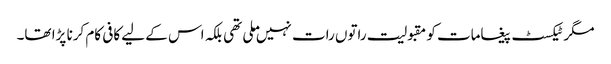
مگر ٹیکسٹ پیغامات کو مقبولیت راتوں رات نہیں ملی تھی بلکہ اس کے لیے کافی کام کرنا پڑا تھا۔